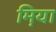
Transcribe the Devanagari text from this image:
म़िया